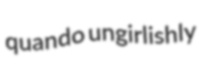
quando ungirlishly